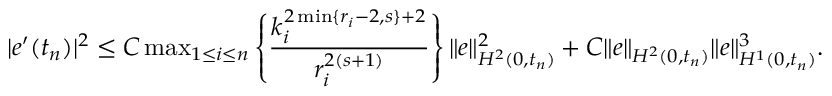
\begin{array} { r } { | e ^ { \prime } ( t _ { n } ) | ^ { 2 } \le C \operatorname* { m a x } _ { 1 \leq i \leq n } \left\{ \displaystyle \frac { k _ { i } ^ { 2 \operatorname* { m i n } \{ r _ { i } - 2 , s \} + 2 } } { r _ { i } ^ { 2 ( s + 1 ) } } \right\} \| e \| _ { H ^ { 2 } ( 0 , t _ { n } ) } ^ { 2 } + C \| e \| _ { H ^ { 2 } ( 0 , t _ { n } ) } \| e \| _ { H ^ { 1 } ( 0 , t _ { n } ) } ^ { 3 } . } \end{array}